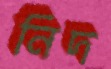
নিদ